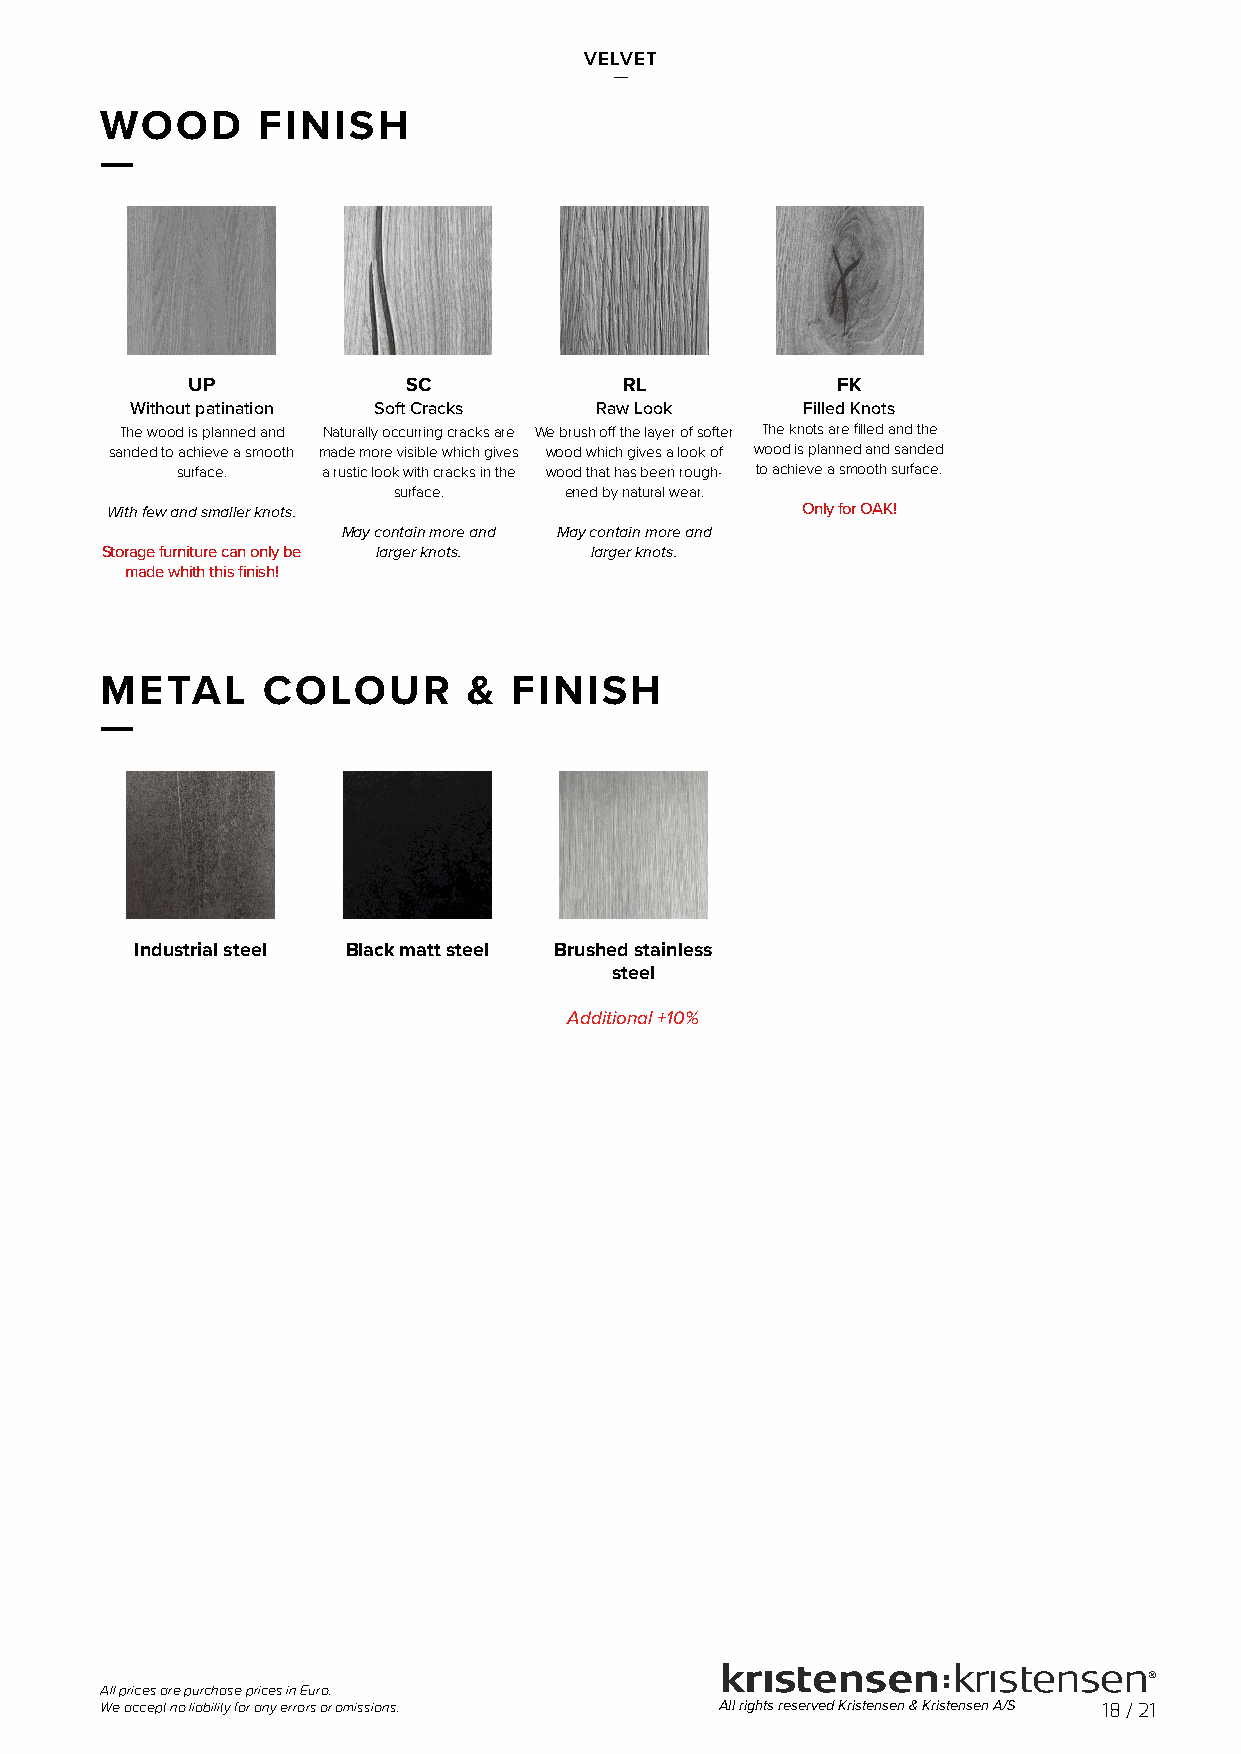
VELVET
 —
 WOOD      FINISH
 —
 UP             SC            RL            FK             AP
 Without patination Soft Cracks Raw Look     Filled Knots Antique patination
 The wood is planned and Naturally occurring cracks are We brush off the layer of softer The knots are fi lled and the Scratches and other fake signs
 sanded to achieve a smooth made more visible which gives wood which gives a look of wood is planned and sanded of wear is added to give the
 surface. a rustic look with cracks in the wood that has been rough- to achieve a smooth surface. wood a patinated look as if the
 surface.   ened by natural wear.        wood has been worn.
 With few and smaller knots.                   Only for OAK!
 May contain more and May contain more and May contain more and
 Storage furniture can only be larger knots. larger knots.    larger knots.
 made whith this fi nish!
 SMTEETEALL CCOOLLOOUURR && FFIINNIISSHH
 ——
 IndustrAial steel Black mBatt steel BrushedC stainless
 Industrial steel Black painted steel Brushed sstteaienlless steel
 Industrial steel has a raw and Black painted steel has a Brushed, stainless steel has
 matte appearance with shades graphical and simple look, that an eAlegdadnitt aiopnpeaal ra+n1c0e% with a
 of colors emerged during fi ts nicely in most homes. uniform fi nish created by hand.
 casting.
 Extra cost!
 All prices are purchase prices in Euro.
 We accept no liability for any errors or omissions. All rights reserved Kristensen & Kristensen A/S 18 / 21